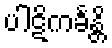
ပါဋိကင်္ခန္တိ